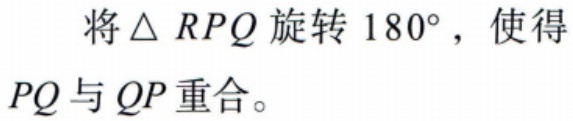
将\(\triangle RPQ\)旋转\(180^{\circ}\)，使得\(PQ\)与\(QP\)重合。